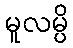
မူလမ္ပိ